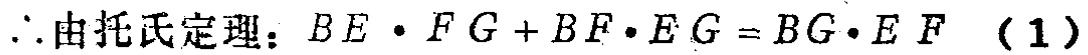
\(\therefore\)由托氏定理：\(BE\cdot FG + BF\cdot EG = BG\cdot EF\)（1）